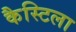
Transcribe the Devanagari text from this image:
कैस्टिला